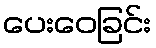
ပေးဝေခြင်း